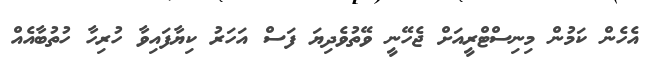
އެހެން ކަމުން މިނިސްޓްރީއަށް ޖެހޭނީ ވޭތުވެދިޔަ ފަސް އަހަރު ކިޔާފައިވާ ހުރިހާ ހުތުބާއެއް